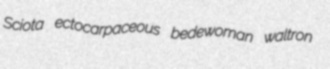
Sciota ectocarpaceous bedewoman waltron